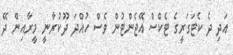
އަދި ދެ ކެޓަގަރީގެ ޓެކްސް އޭޖެންޓުން ވެސް ހުއްދަ ދޫކުރާނީ މީރާއިން ދޭ